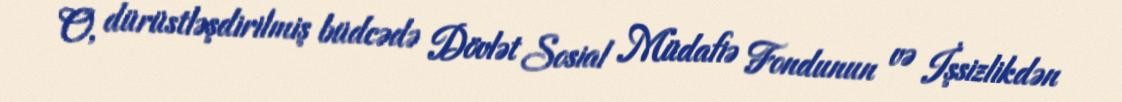
O, dürüstləşdirilmiş büdcədə Dövlət Sosial Müdafiə Fondunun və İşsizlikdən